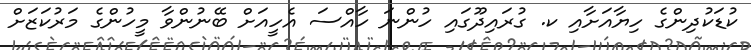
ކުޑަކުދިންގެ ހިޔާއަށާއި ކ. ގުރައިދޫގައި ހުންނަ ހާއްސަ އެހީއަށް ބޭނުންވާ މީހުންގެ މަރުކަޒަށް